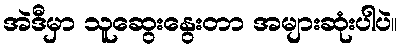
အဲဒီမှာ သူဆွေးနွေးတာ အများဆုံးပါပဲ။